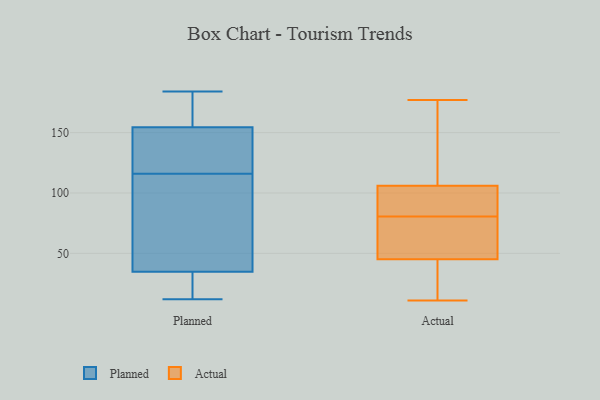
{"axis": {"x": "LTV (USD)", "y": "Value"}, "legend": ["Actual", "Planned"], "data": [{"x": "", "y": 181, "type": "Planned"}, {"x": "", "y": 19, "type": "Planned"}, {"x": "", "y": 165, "type": "Planned"}, {"x": "", "y": 147, "type": "Planned"}, {"x": "", "y": 52, "type": "Planned"}, {"x": "", "y": 116, "type": "Planned"}, {"x": "", "y": 12, "type": "Planned"}, {"x": "", "y": 123, "type": "Planned"}, {"x": "", "y": 184, "type": "Planned"}, {"x": "", "y": 59, "type": "Planned"}, {"x": "", "y": 29, "type": "Planned"}, {"x": "", "y": 157, "type": "Planned"}, {"x": "", "y": 94, "type": "Planned"}, {"x": "", "y": 145, "type": "Planned"}, {"x": "", "y": 25, "type": "Planned"}, {"x": "", "y": 66, "type": "Actual"}, {"x": "", "y": 106, "type": "Actual"}, {"x": "", "y": 104, "type": "Actual"}, {"x": "", "y": 11, "type": "Actual"}, {"x": "", "y": 88, "type": "Actual"}, {"x": "", "y": 74, "type": "Actual"}, {"x": "", "y": 12, "type": "Actual"}, {"x": "", "y": 45, "type": "Actual"}, {"x": "", "y": 110, "type": "Actual"}, {"x": "", "y": 47, "type": "Actual"}, {"x": "", "y": 21, "type": "Actual"}, {"x": "", "y": 177, "type": "Actual"}, {"x": "", "y": 87, "type": "Actual"}, {"x": "", "y": 159, "type": "Actual"}]}